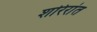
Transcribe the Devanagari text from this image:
शरिरांत